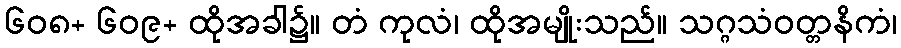
၆၀၈+ ၆၀၉+ ထိုအခါ၌။ တံ ကုလံ၊ ထိုအမျိုးသည်။ သဂ္ဂသံဝတ္တနိကံ၊